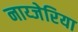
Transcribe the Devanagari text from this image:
नाय्जेरिया